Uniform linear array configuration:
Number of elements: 32
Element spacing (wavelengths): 0.5
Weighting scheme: blackman
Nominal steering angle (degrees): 45
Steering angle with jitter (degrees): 46.07
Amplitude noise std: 0.05
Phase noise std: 0.05

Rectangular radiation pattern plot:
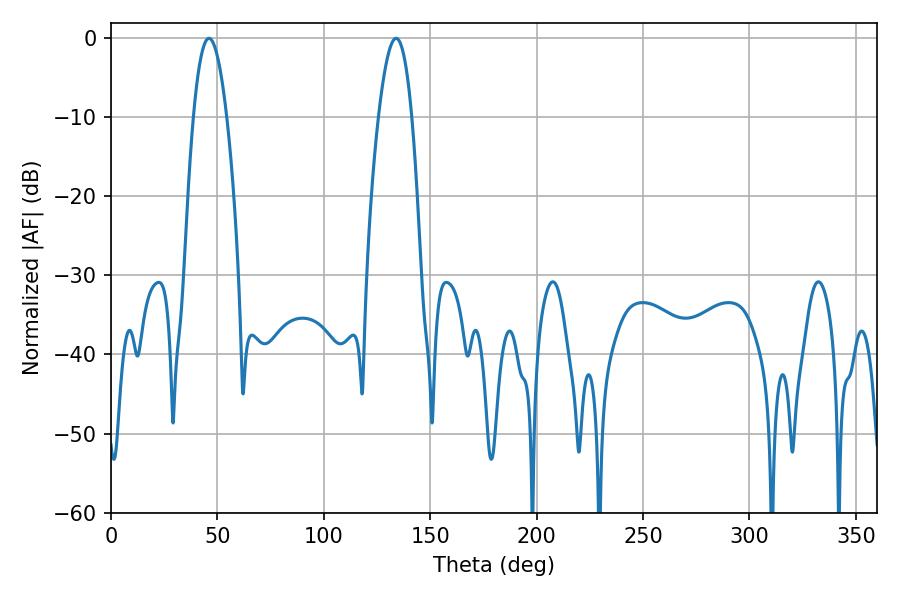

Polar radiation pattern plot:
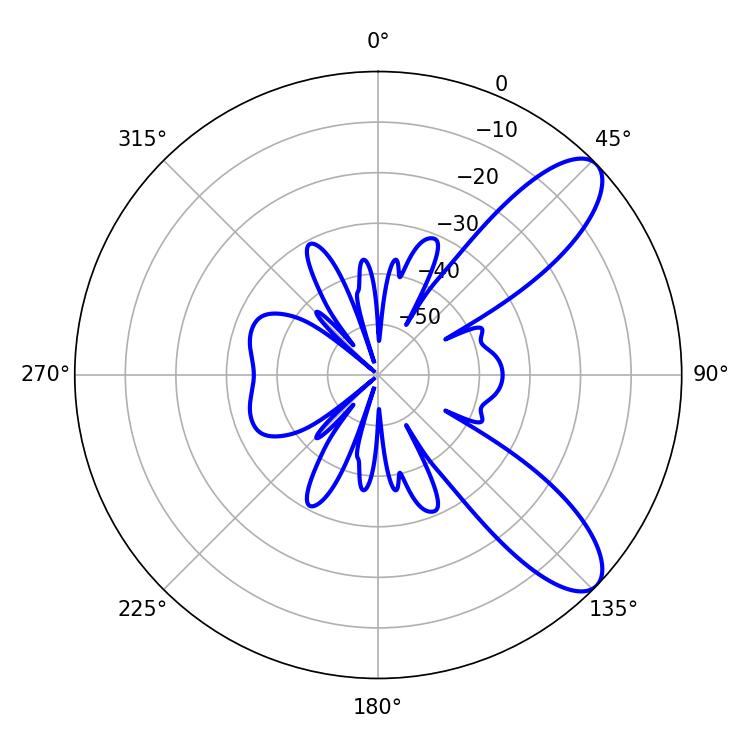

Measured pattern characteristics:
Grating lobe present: FALSE
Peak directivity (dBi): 9.338
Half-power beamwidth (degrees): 8.46
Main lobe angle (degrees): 46.08